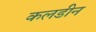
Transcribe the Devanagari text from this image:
कलडीन